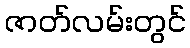
ဇာတ်လမ်းတွင်